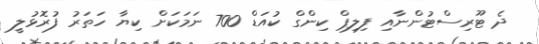
ދެ ޓޫރިސްޓުންނާއި ފިލިޕް ކިންގް ކުއަޑް 700 ނަމަކަށް ކިޔާ ހަތަރު ފުރޮޅުލީ